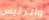
والرئيس